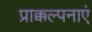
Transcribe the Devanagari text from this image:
प्राक्कल्पनाएं